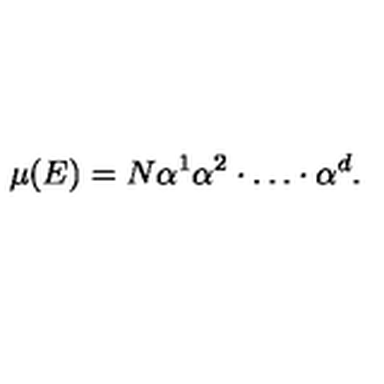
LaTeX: \mu ( E ) = N \alpha ^ { 1 } \alpha ^ { 2 } \cdot \dots \cdot \alpha ^ { d } .